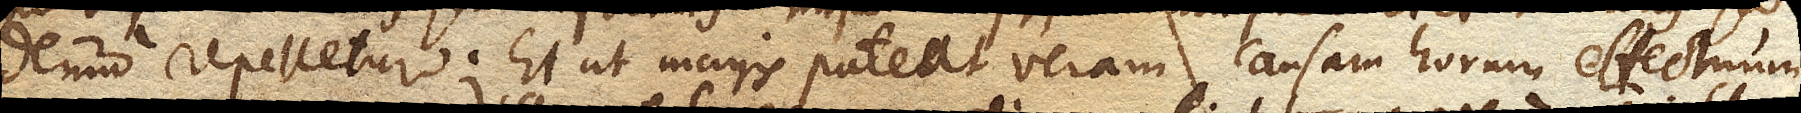
denuo repelletur. Et ut magis pateat veram causam horum effectuum